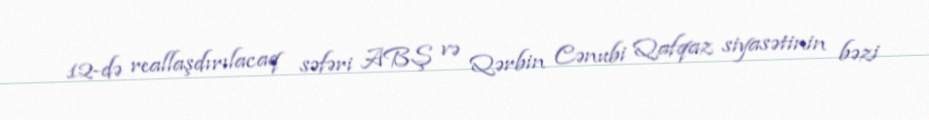
12-də reallaşdırılacaq səfəri ABŞ və Qərbin Cənubi Qafqaz siyasətinin bəzi